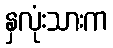
နှလုံးသားက